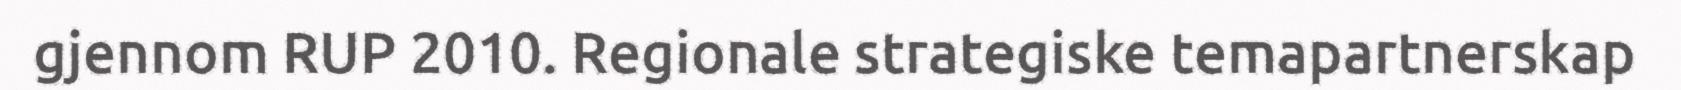
gjennom RUP 2010. Regionale strategiske temapartnerskap